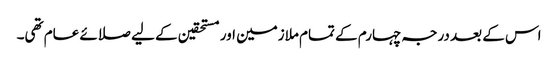
اس کے بعد درجہ چہارم کے تمام ملازمین اور مستحقین کے لیے صلائے عام تھی۔